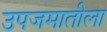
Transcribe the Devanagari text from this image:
उपजमातीला